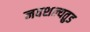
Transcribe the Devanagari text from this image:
नवशल्यतुड